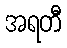
အရတီ